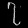
Digit: ၇